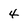
Character: 4